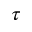
\tau